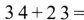
$$34+23 =$$